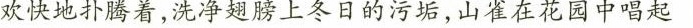
欢快地扑腾着，洗净翅膀上冬日的污垢，山雀在花园中唱起